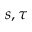
s , \tau